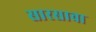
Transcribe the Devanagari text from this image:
सारसावा